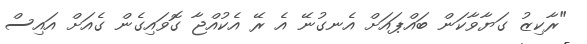
"ރާކިޒު ގަޔާވާކަން ބައްޕައަށް އެނގުނޭ އެ ރޭ އެކުއްޖާ ގޮވައިގެން ގެއަށް އައިސް